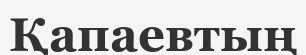
Қапаевтың